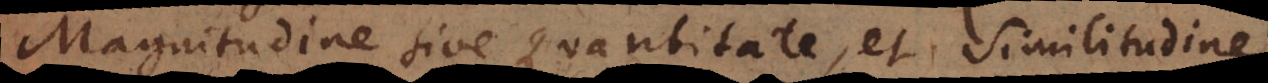
Magnitudine sive Quantitate, et Similitudine